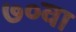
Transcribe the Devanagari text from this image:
७०वा